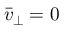
\bar { v } _ { \perp } = 0